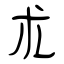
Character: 朮